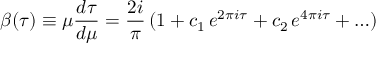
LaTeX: \beta ( \tau ) \equiv \mu { \frac { d \tau } { d \mu } } = { \frac { 2 i } { \pi } } \, ( 1 + c _ { 1 } \, e ^ { 2 \pi i \tau } + c _ { 2 } \, e ^ { 4 \pi i \tau } + \ldots )